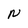
Character: N